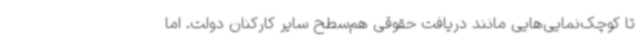
تا کوچک‌نمایی‌هایی مانند دریافت حقوقی هم‌سطح سایر کارکنان دولت. اما